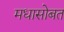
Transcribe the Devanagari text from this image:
मधासोबत